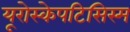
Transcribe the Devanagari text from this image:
यूरोस्केपटिसिस्म